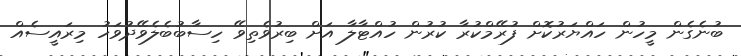
ބުނެގެން މީހުން ހައްޔަރުކޮށް ފުރޭމްކުރާ ކުރުން ހުއްޓާލާ އަށް ބިރުވެތިވޭ ހިސާބުބެލެވޭދުވަހު މިރައީސެއް